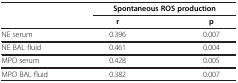
<table><thead><tr><td><b> </b></td><td colspan="2"><b>Spontaneous ROS production</b></td></tr><tr><td><b> </b></td><td><b>r</b></td><td><b>p</b></td></tr></thead><tbody><tr><td>NE serum</td><td>0.396</td><td>0.007</td></tr><tr><td>NE BAL fluid</td><td>0.461</td><td>0.004</td></tr><tr><td>MPO serum</td><td>0.428</td><td>0.005</td></tr><tr><td>MPO BAL fluid</td><td>0.382</td><td>0.007</td></tr></tbody></table>